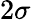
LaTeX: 2\sigma